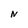
Character: N